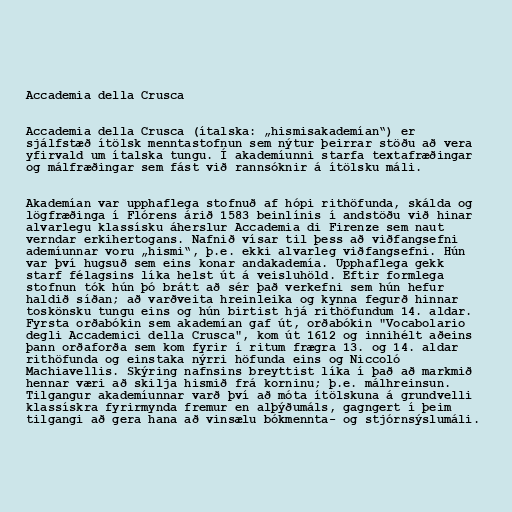
Accademia della Crusca

Accademia della Crusca (ítalska: „hismisakademían“) er
sjálfstæð ítölsk menntastofnun sem nýtur þeirrar stöðu að vera
yfirvald um ítalska tungu. Í akademíunni starfa textafræðingar
og málfræðingar sem fást við rannsóknir á ítölsku máli.

Akademían var upphaflega stofnuð af hópi rithöfunda, skálda og
lögfræðinga í Flórens árið 1583 beinlínis í andstöðu við hinar
alvarlegu klassísku áherslur Accademia di Firenze sem naut
verndar erkihertogans. Nafnið vísar til þess að viðfangsefni
ademíunnar voru „hismi“, þ.e. ekki alvarleg viðfangsefni. Hún
var því hugsuð sem eins konar andakademía. Upphaflega gekk
starf félagsins líka helst út á veisluhöld. Eftir formlega
stofnun tók hún þó brátt að sér það verkefni sem hún hefur
haldið síðan; að varðveita hreinleika og kynna fegurð hinnar
toskönsku tungu eins og hún birtist hjá rithöfundum 14. aldar.
Fyrsta orðabókin sem akademían gaf út, orðabókin "Vocabolario
degli Accademici della Crusca", kom út 1612 og innihélt aðeins
þann orðaforða sem kom fyrir í ritum frægra 13. og 14. aldar
rithöfunda og einstaka nýrri höfunda eins og Niccoló
Machiavellis. Skýring nafnsins breyttist líka í það að markmið
hennar væri að skilja hismið frá korninu; þ.e. málhreinsun.
Tilgangur akademíunnar varð því að móta ítölskuna á grundvelli
klassískra fyrirmynda fremur en alþýðumáls, gagngert í þeim
tilgangi að gera hana að vinsælu bókmennta- og stjórnsýslumáli.